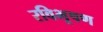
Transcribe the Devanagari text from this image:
रविभूषण